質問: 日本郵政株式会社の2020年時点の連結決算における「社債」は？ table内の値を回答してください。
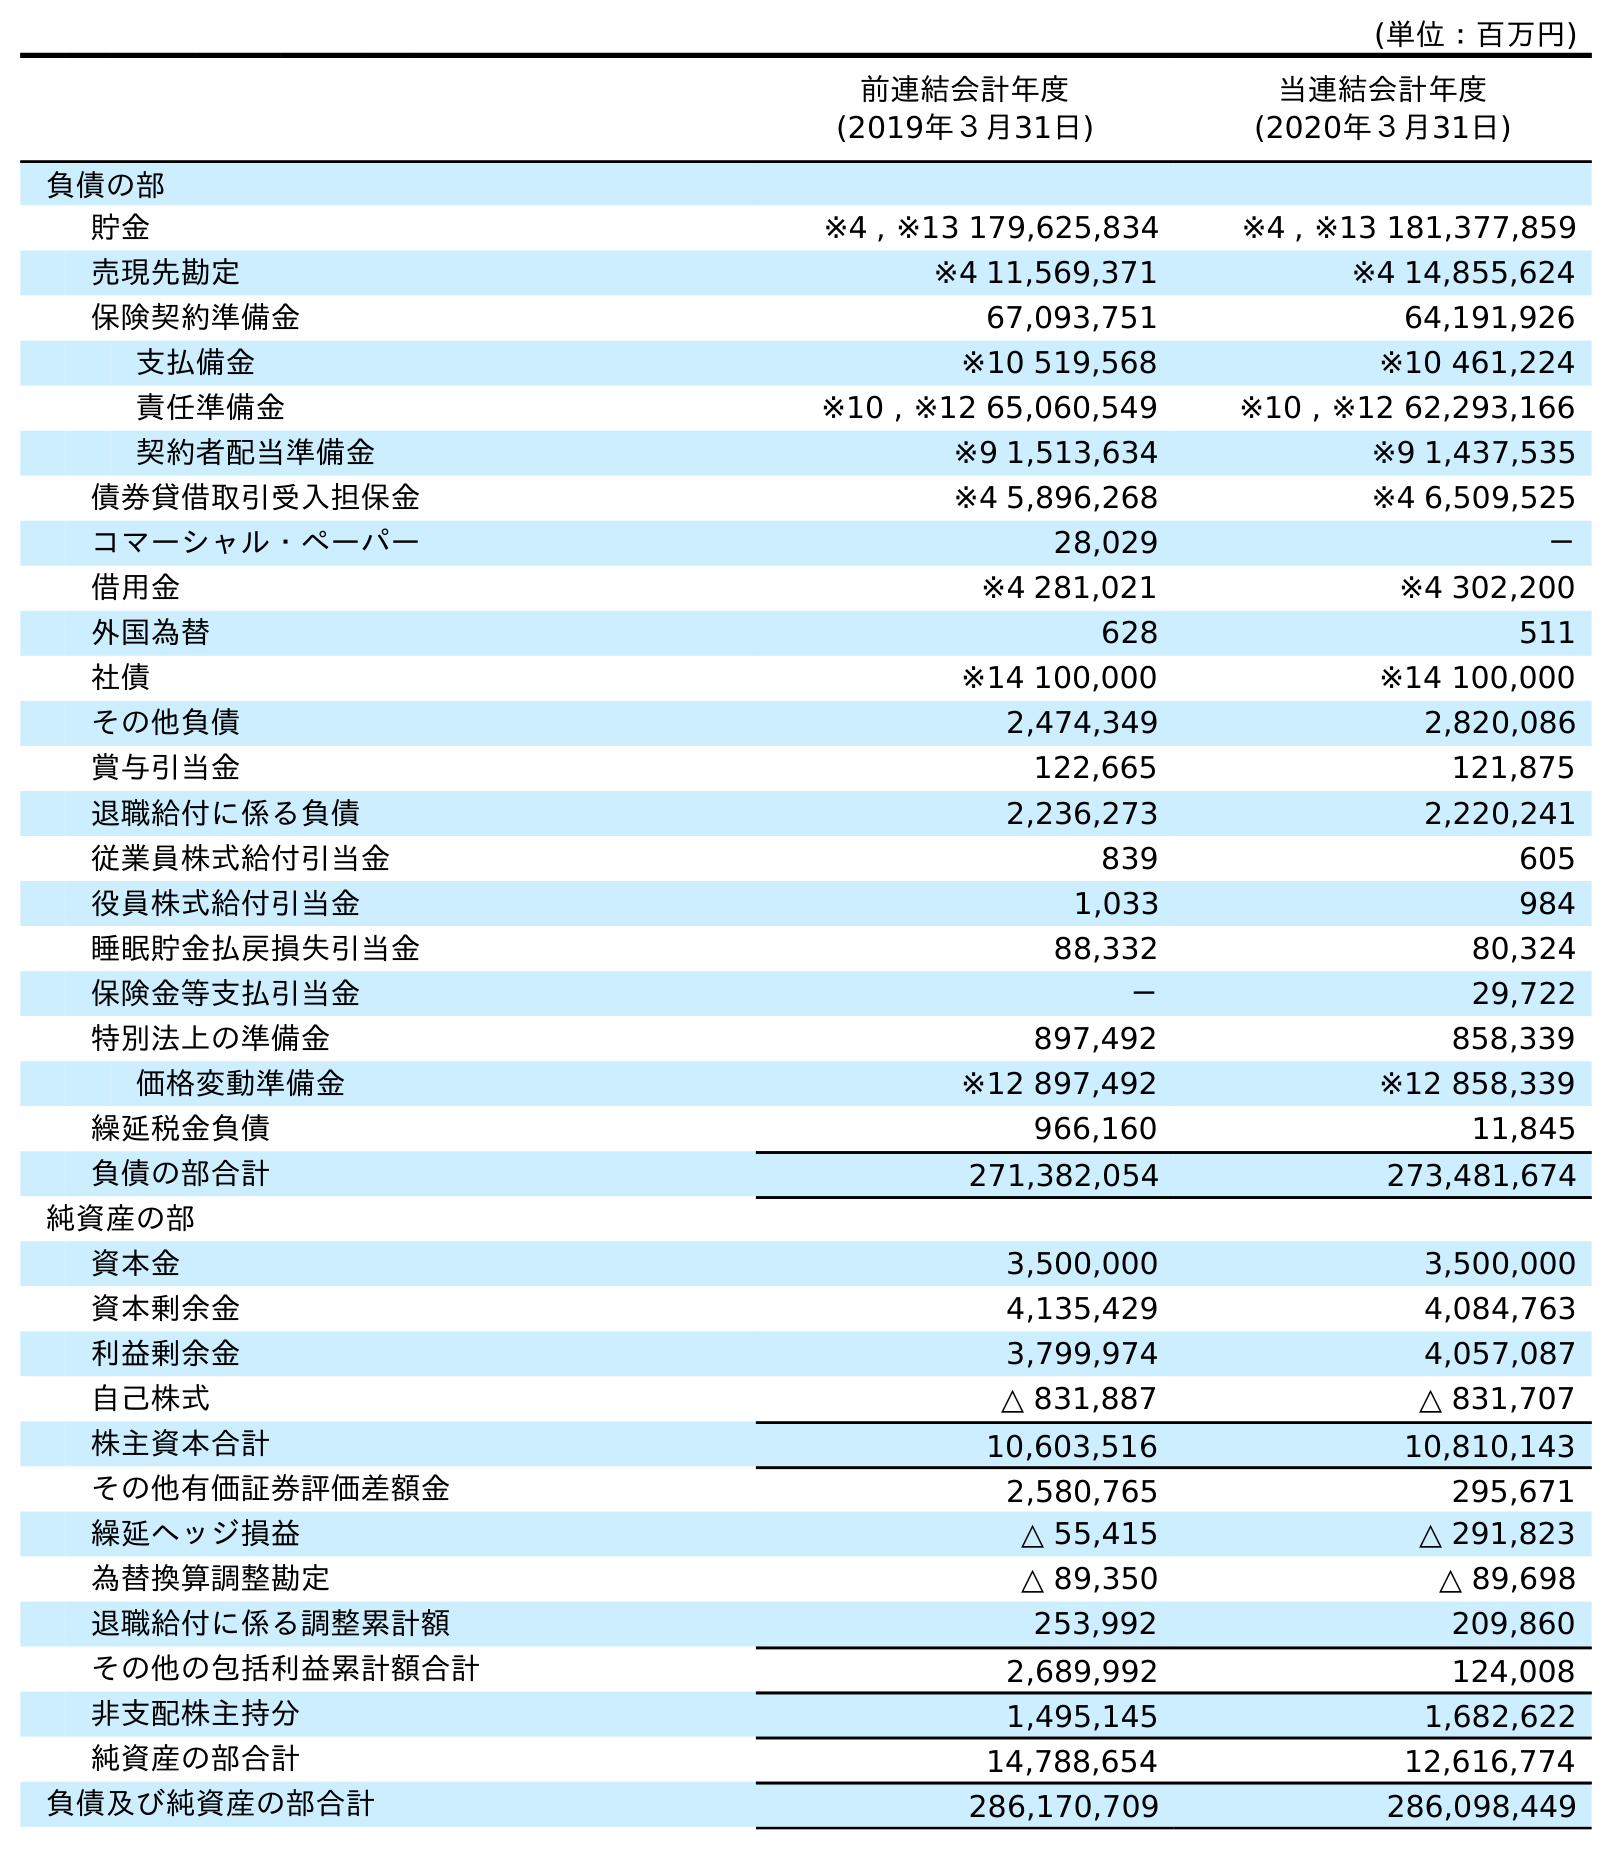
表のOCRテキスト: (単位：百万円) 前連結会計年度 (2019年３月31日) 当連結会計年度 (2020年３月31日) 負債の部 貯金 ※4 , ※13 179,625,834 ※4 , ※13 181,377,859 売現先勘定 ※4 11,569,371 ※4 14,855,624 保険契約準備金 67,093,751 64,191,926 支払備金 ※10 519,568 ※10 461,224 責任準備金 ※10 , ※12 65,060,549 ※10 , ※12 62,293,166 契約者配当準備金 ※9 1,513,634 ※9 1,437,535 債券貸借取引受入担保金 ※4 5,896,268 ※4 6,509,525 コマーシャル・ペーパー 28,029 － 借用金 ※4 281,021 ※4 302,200 外国為替 628 511 社債 ※14 100,000 ※14 100,000 その他負債 2,474,349 2,820,086 賞与引当金 122,665 121,875 退職給付に係る負債 2,236,273 2,220,241 従業員株式給付引当金 839 605 役員株式給付引当金 1,033 984 睡眠貯金払戻損失引当金 88,332 80,324 保険金等支払引当金 － 29,722 特別法上の準備金 897,492 858,339 価格変動準備金 ※12 897,492 ※12 858,339 繰延税金負債 966,160 11,845 負債の部合計 271,382,054 273,481,674 純資産の部 資本金 3,500,000 3,500,000 資本剰余金 4,135,429 4,084,763 利益剰余金 3,799,974 4,057,087 自己株式 △ 831,887 △ 831,707 株主資本合計 10,603,516 10,810,143 その他有価証券評価差額金 2,580,765 295,671 繰延ヘッジ損益 △ 55,415 △ 291,823 為替換算調整勘定 △ 89,350 △ 89,698 退職給付に係る調整累計額 253,992 209,860 その他の包括利益累計額合計 2,689,992 124,008 非支配株主持分 1,495,145 1,682,622 純資産の部合計 14,788,654 12,616,774 負債及び純資産の部合計 286,170,709 286,098,449
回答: ※14100,000